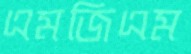
এমজিএম